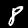
Digit: 8